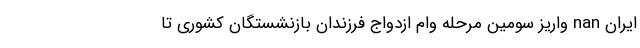
ایران nan واریز سومین مرحله وام ازدواج فرزندان بازنشستگان کشوری تا